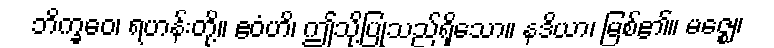
ဘိက္ခဝေ၊ ရဟန်းတို့။ ဧဝံဟိ၊ ဤသို့ပြုသည်ရှိသော။ နဒိယာ၊ မြစ်၏။ မဇ္ဈေ၊